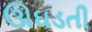
ઊઘડતી